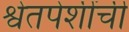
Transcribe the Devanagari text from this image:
श्वेतपेशींची